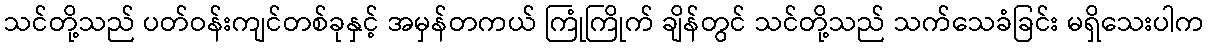
သင်တို့သည် ပတ်ဝန်းကျင်တစ်ခုနှင့် အမှန်တကယ် ကြုံကြိုက် ချိန်တွင် သင်တို့သည် သက်သေခံခြင်း မရှိသေးပါက